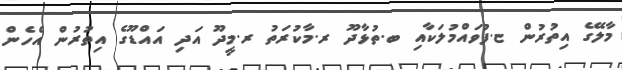
މާލޭގެ އިތުރުން ޏ.ފުވައްމުލަކާއި ބ.ތުޅާދޫ ރ.މާކުރަތު ރ.މީދޫ އަދި އައްޑޫގެ އިތުރުން އެހެން